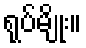
ရုပ်မျိုး။